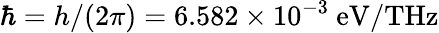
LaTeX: \hbar=h/(2\pi)=6.582\times 10^{-3}~\mathrm{eV/THz}